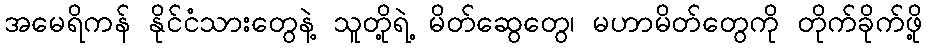
အမေရိကန် နိုင်ငံသားတွေနဲ့ သူတို့ရဲ့ မိတ်ဆွေတွေ၊ မဟာမိတ်တွေကို တိုက်ခိုက်ဖို့